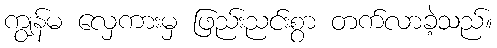
ကျွန်မ လှေကားမှ ဖြည်းညင်းစွာ တက်လာခဲ့သည်။